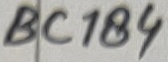
Text: BC184